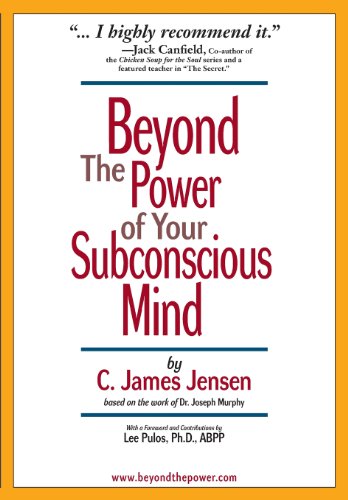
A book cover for Beyond the Power of Your Subconscious Mind; C James Jensen; Health, Fitness & Dieting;